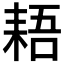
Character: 𱻳